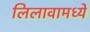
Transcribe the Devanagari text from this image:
लिलावामध्ये